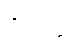
ဝိဒတ္ထိ